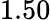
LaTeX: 1.50